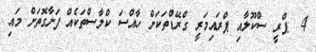
4  ޕްރީ ސްކޫލާއި ޕްރައިމަރީ ގްރޭޑްތަކަށް ހާއްސަ ކްލާސްތަކެއް ފަށާގޮތަށް މައި